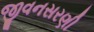
જીવનસરણી